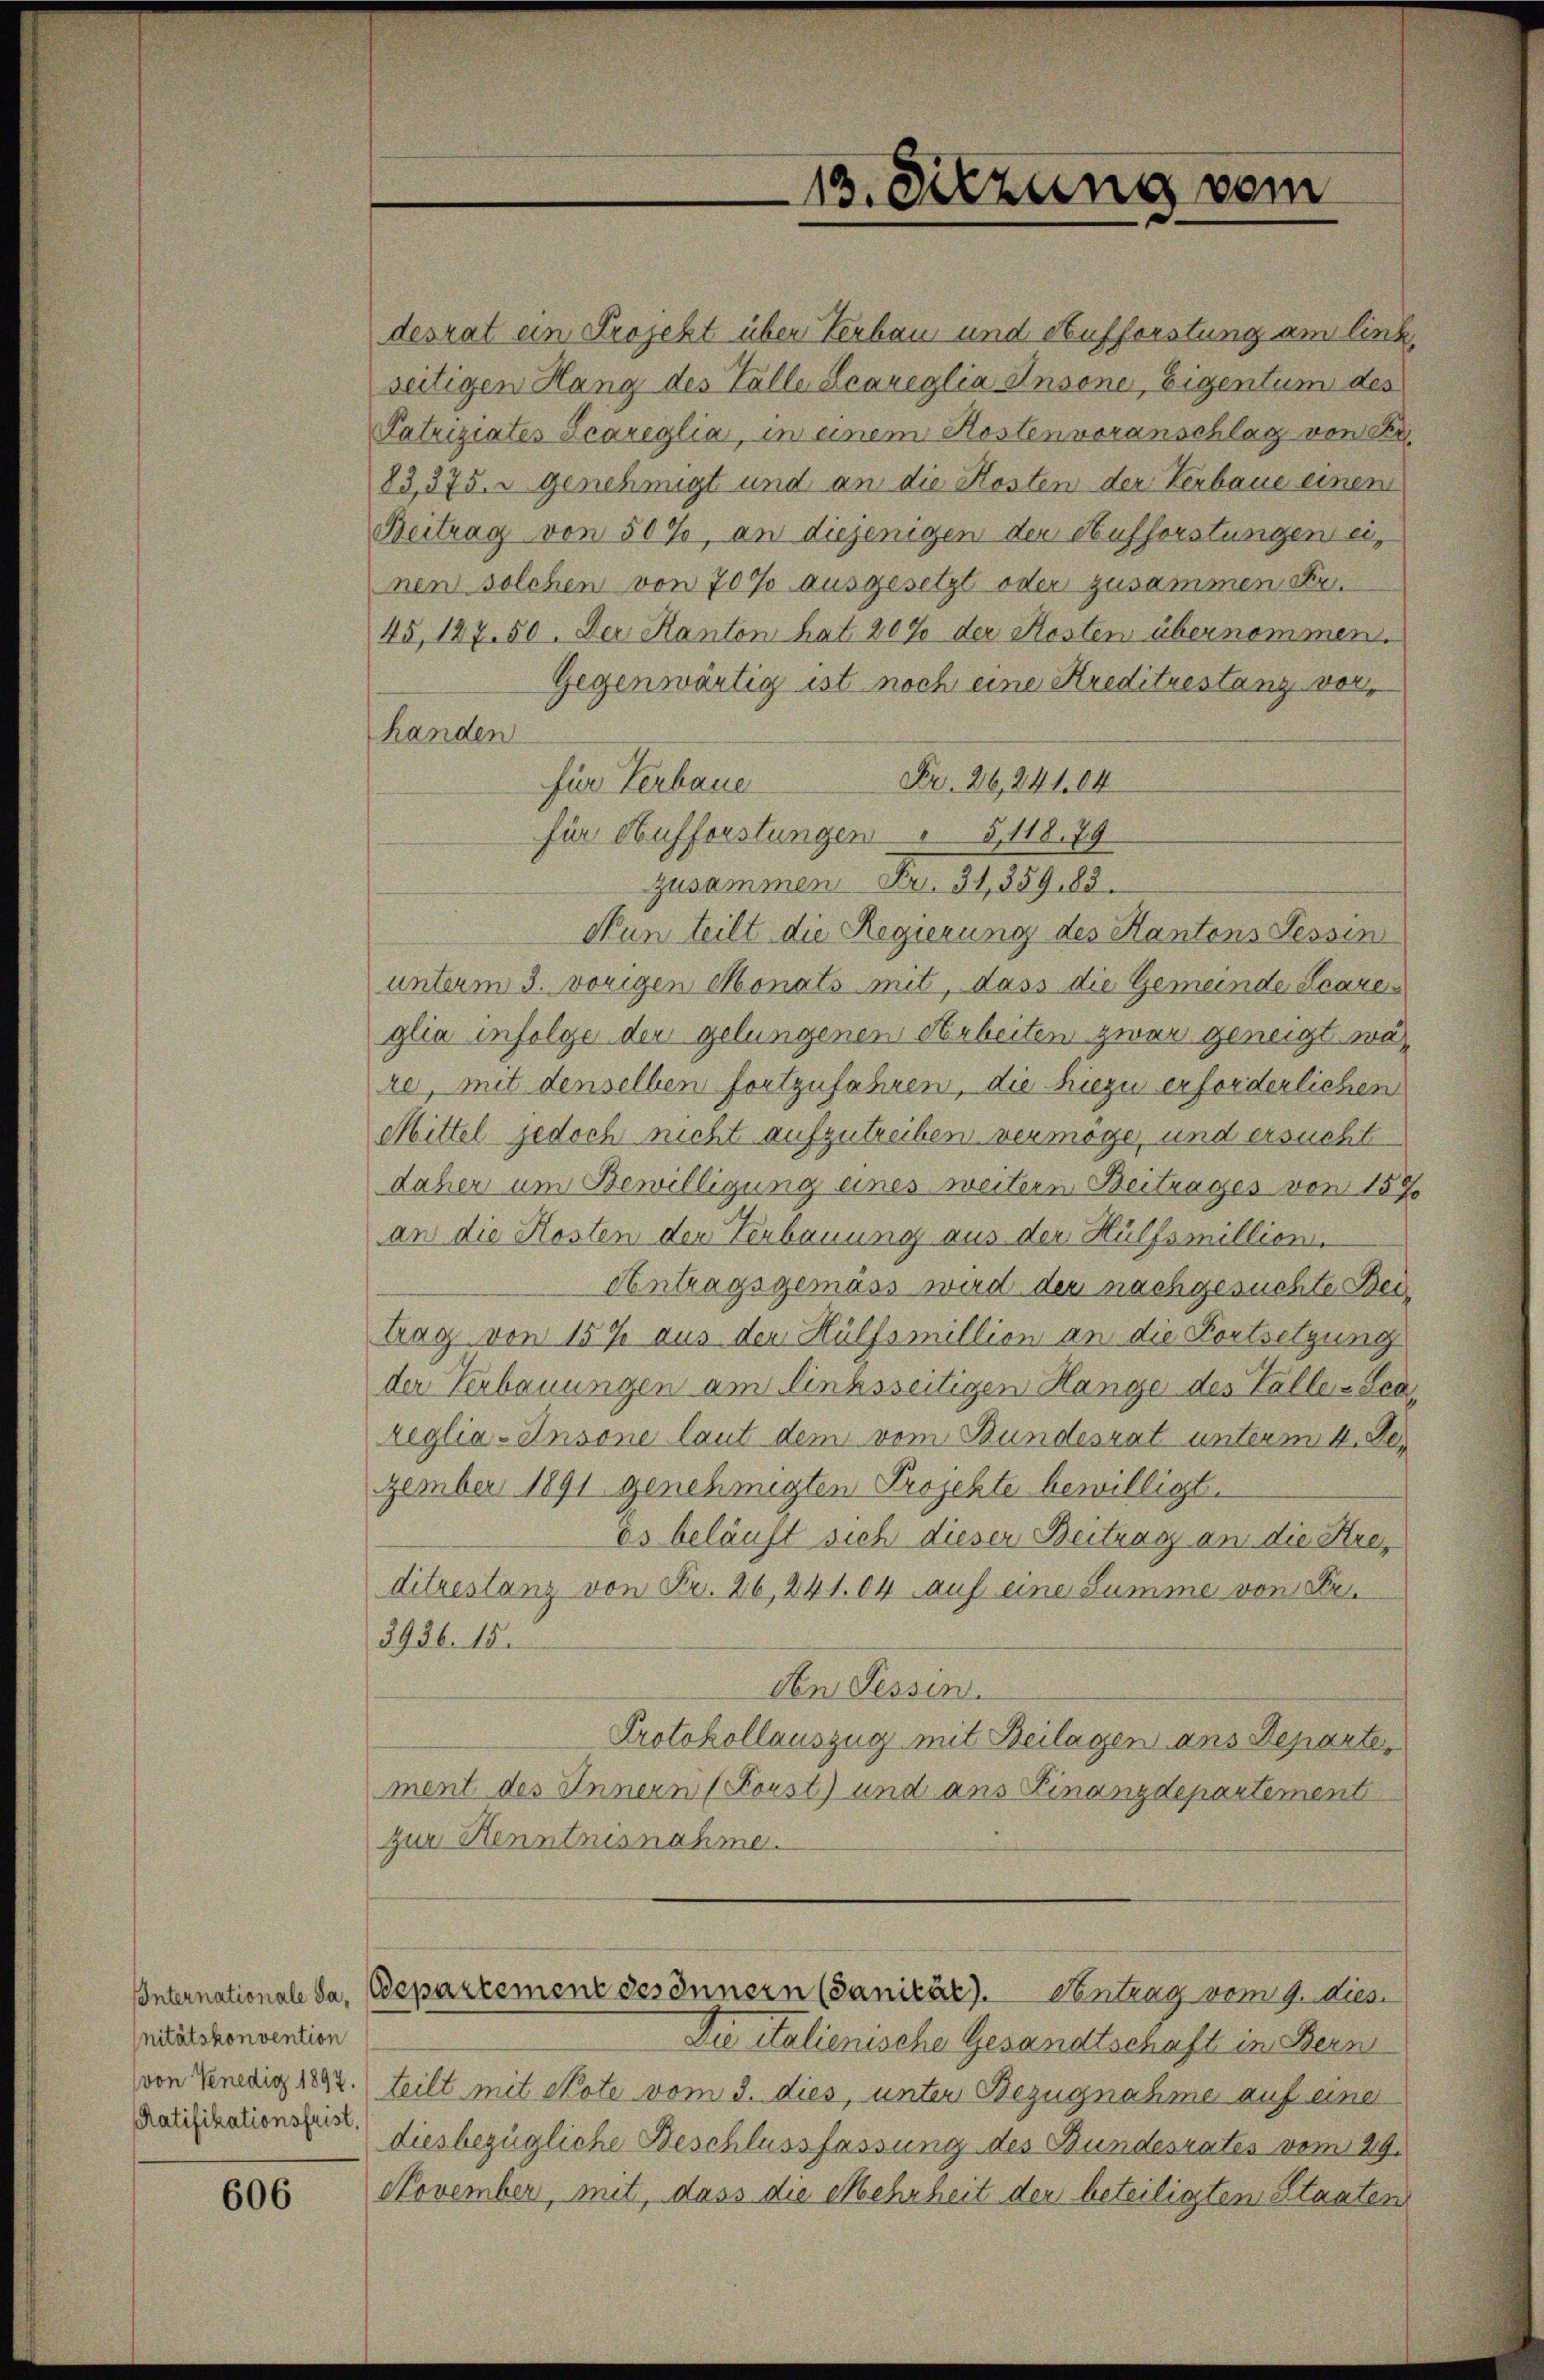
nitätskonvention
Ratifikationsfrist.

606

desrat ein Projekt über Verbau und Aufforstung am link
seitigen Hang des Talle Scareglia Ansone, Eigentum des
Patriziates Scareglia, in einem Kostenvoranschlag von Fr
83,375. u genehmigt und an die Kosten der Verbaue einem
Beitrag von 50%, an diejenigen der Aufforstungen einen solchen von 70 % ausgesetzt oder zusammen Str
45, 127. 50. Der Kanton hat 20% der Kosten übernommen.
Gegenwärtig ist noch eine Kreditrestanz vorhanden
für Verbaue Fr. 26,24104
Nun teilt die Regierung des Kantons Tessin
unterm 3. vorigen Monats mit, dass die Gemeinde Scares
glia infolge der gelungenen Arbeiten zwar geneigt wäre, mit denselben fortzufahren, die hiezu erforderlichen
Mittel jedoch nicht aufzutreiben vermöge, und ersucht
daher um Bewilligung eines weitern Beitrages von 157
an die Kosten den Verbauung aus der Hülfsmillion.
Antragsgemäss wird der nachgesuchte Beitrag von 15 % aus den Hülfsmillion an die Fortsetzung
der Verbauungen am linksseitigen Hange des Taller Sca¬
Leglia-Ansone laut dem vom Bundesrat unterm 4. De
zember 1891 genehmigten Projekte bewilligt.
Es beläuft sich dieser Beitrag an die Kreditrestanz von Fr. 26, 241.04 auf eine Summe von Fr.
3936. 15.
Den Tessin.
Protokollauszug mit Beilagen ans Departe,
ment des Innern (Coust) und ans Finanzdepartement
zur Kenntnisnahme.
Internationale da, Departement desinnern (Sanität). Ventrag vom 9. Mies
Die Stalienische Gesandtschaft in Bern
von Venedig 1822. teilt mit Note vom 3. dies, unter Bezugnahme auf eine
diesbezügliche Beschlussfassung des Bundesrates vom 29.
November, mit, dass die Mehrheit der beteiligten Staaten

für Aufforstungen " 5, 118. 79

13. Sitzung vom

zusammen Fr. 34, 359. 82.